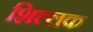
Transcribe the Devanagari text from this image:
शिल्‍लक